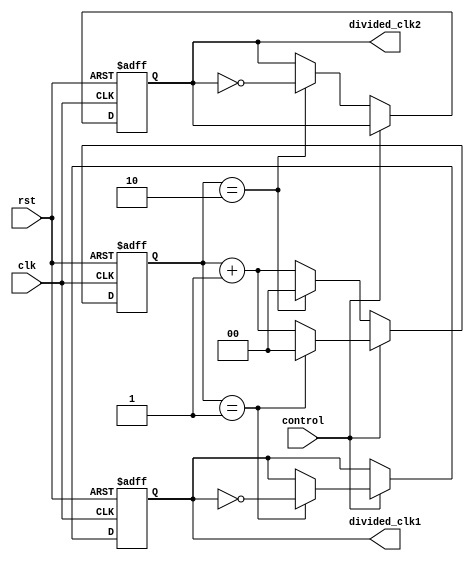
module dual_modulus_clock_divider (
    input wire clk,
    input wire rst,
    input wire control,
    output reg divided_clk1,
    output reg divided_clk2
);

reg [1:0] count;
reg [3:0] modulus1 = 2'b01;
reg [3:0] modulus2 = 2'b10;

always @(posedge clk or posedge rst) begin
    if (rst) begin
        divided_clk1 <= 1'b0;
        divided_clk2 <= 1'b0;
        count <= 2'b00;
    end else begin
        if (control) begin
            if (count == modulus1) begin
                divided_clk1 <= ~divided_clk1;
                count <= 2'b00;
            end else begin
                count <= count + 1;
            end
        end else begin
            if (count == modulus2) begin
                divided_clk2 <= ~divided_clk2;
                count <= 2'b00;
            end else begin
                count <= count + 1;
            end
        end
    end
end

endmodule